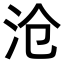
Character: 沧